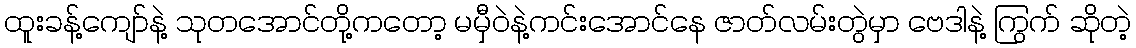
ထူးခန့်ကျော်နဲ့ သုတအောင်တို့ကတော့ မမှီဝဲနဲ့ကင်းအောင်နေ ဇာတ်လမ်းတွဲမှာ ဗေဒါနဲ့ ကြွက် ဆိုတဲ့